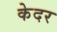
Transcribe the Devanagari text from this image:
केदर